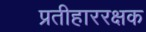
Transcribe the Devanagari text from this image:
प्रतीहाररक्षक